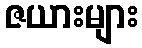
ဇယားများ